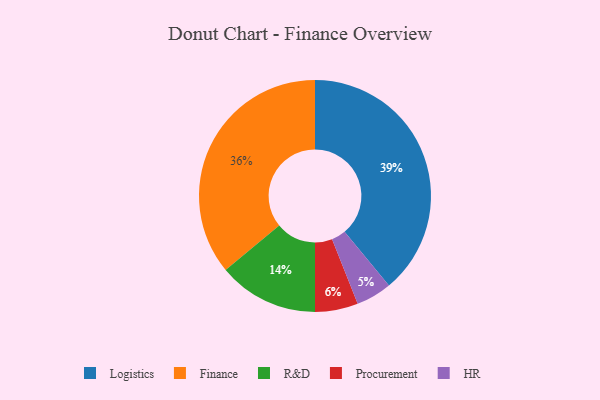
{"axis": {"x": "Category", "y": "Percentage"}, "legend": ["Finance", "HR", "Logistics", "Procurement", "R&D"], "data": [{"x": "Procurement", "y": 6, "type": "Procurement"}, {"x": "HR", "y": 5, "type": "HR"}, {"x": "Logistics", "y": 39, "type": "Logistics"}, {"x": "R&D", "y": 14, "type": "R&D"}, {"x": "Finance", "y": 36, "type": "Finance"}]}